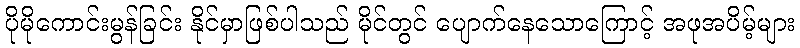
ပိုမိုကောင်းမွန်ခြင်း နိုင်မှာဖြစ်ပါသည် မိုင်တွင် ပျောက်နေသောကြောင့် အဖုအပိမ့်များ